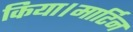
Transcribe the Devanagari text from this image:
किया।मार्टिन